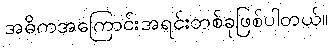
အဓိကအကြောင်းအရင်းတစ်ခုဖြစ်ပါတယ်။